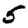
Digit: 5